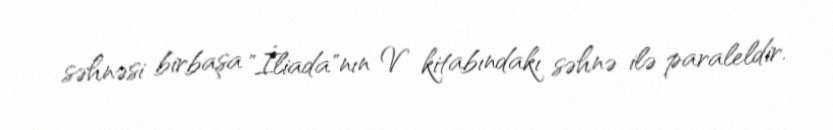
səhnəsi birbaşa "İliada"nın V kitabındakı səhnə ilə paraleldir.